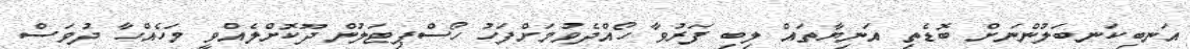
އަނބިކަނބަލުންނަށް ބޮޑެތި އަނިޔާތައް ލިބި ފަރުވާ ހޯއްދެވުމަށްފަހު ހޯސްޕިޓަލުން ދޫކޮށްލެއްވީ މަހެއްހާ ދުވަސް